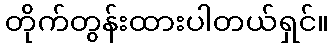
တိုက်တွန်းထားပါတယ်ရှင်။